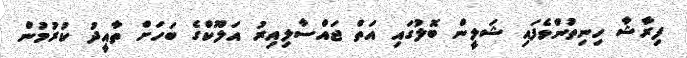
ފިރާޝާ ހިނިތުންވެފައި ޝަލީން ބޮލުގައި އަތް ޖައްސާލިއިރު އަލޫކްގެ ބަހަށް ތާއީދު ކުރުމުން